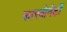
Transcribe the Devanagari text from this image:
कारबोनेटों